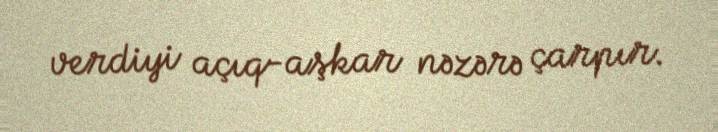
verdiyi açıq-aşkar nəzərə çarpır.